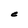
Character: C